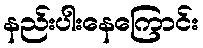
နည်းပါးနေကြောင်း